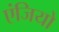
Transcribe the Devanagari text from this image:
एंजियो